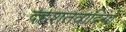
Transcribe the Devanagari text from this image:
दहशतवादियों